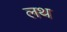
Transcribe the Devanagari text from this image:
लथ